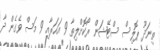
ތިނަދޫ ޕޮލިސް ސްޓޭޝަން ރޯކޮށްލިތާ 9 އަހަރާއި 9 މަސް ވެގެން ދާ